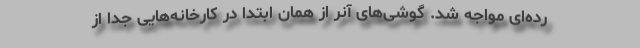
رده‌ای مواجه شد. گوشی‌های آنر از همان ابتدا در کارخانه‌هایی جدا از